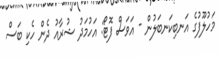
މަހުލޫފުގެ އަނބިކަނބަލުން - އަވަސް ފޮޓޯ: އަހުމަދު ޝުރާއު ދެން ހެކި ބަސް